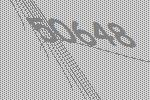
50648